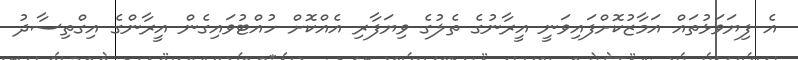
އެ ފިޔަވަޅުތައް އަމާޒުކޮށްފައިވަނީ އީރާނުގެ ތެލުގެ ވިޔަފާރި އެއްކޮށް ހުއްޓުވައިގެން އީރާންގެ އިގްތިސާދު